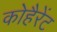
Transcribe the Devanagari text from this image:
कोहैरेंट